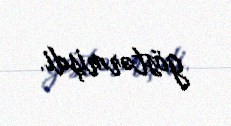
göstərmişdi.